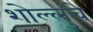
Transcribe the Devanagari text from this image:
शोल्लुंचे